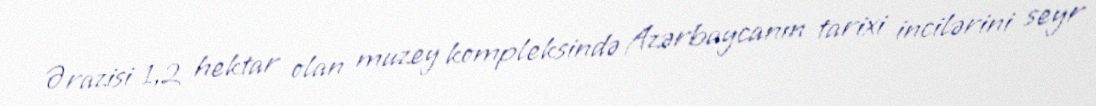
Ərazisi 1,2 hektar olan muzey kompleksində Azərbaycanın tarixi incilərini seyr